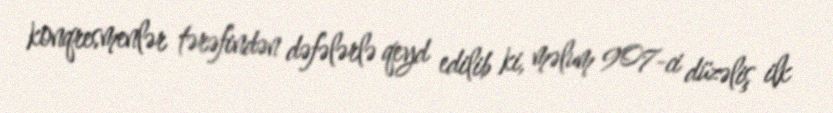
konqresmenlər tərəfindən dəfələrlə qeyd edilib ki, məlum 907-ci düzəliş ilk